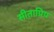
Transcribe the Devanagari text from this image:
सीताप्रिय